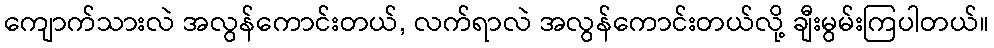
ကျောက်သားလဲ အလွန်ကောင်းတယ်, လက်ရာလဲ အလွန်ကောင်းတယ်လို့ ချီးမွမ်းကြပါတယ်။